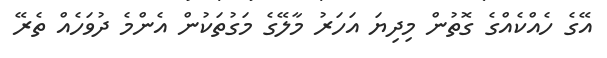
އޭގެ ހެއްކެއްގެ ގޮތުން މިދިޔަ އަހަރު މާލޭގެ މަގުތަކުން އެންމެ ދުވަހެއް ތެރޭ